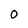
Character: 0